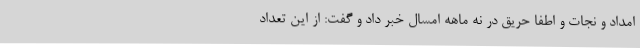
امداد و نجات و اطفا حریق در نه ماهه امسال خبر داد و گفت: از این تعداد